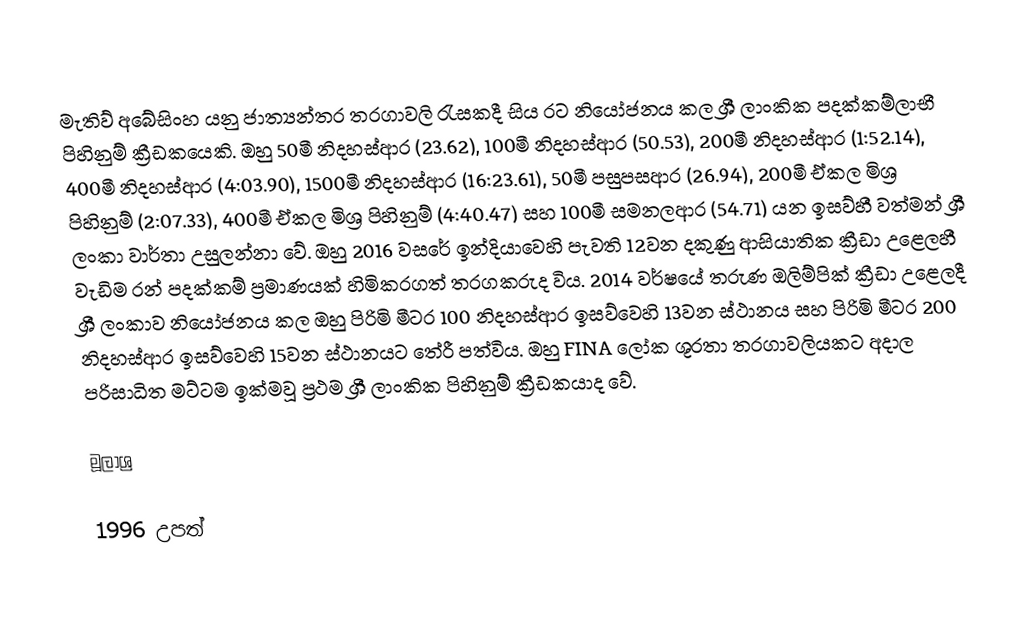
මැතිව් අබේසිංහ යනු ජාත්‍යන්තර තරගාවලි රැසකදී සිය රට නියෝජනය කල ශ්‍රී ලාංකික පදක්කම්ලාභී පිහිනුම් ක්‍රීඩකයෙකි. ඔහු 50මී නිදහස්ආර (23.62), 100මී නිදහස්ආර (50.53), 200මී නිදහස්ආර (1:52.14), 400මී නිදහස්ආර (4:03.90), 1500මී නිදහස්ආර (16:23.61), 50මී පසුපසආර (26.94), 200මී ඒකල මිශ්‍ර පිහිනුම් (2:07.33), 400මී ඒකල මිශ්‍ර පිහිනුම් (4:40.47) සහ 100මී සමනලආර (54.71) යන ඉසව්හී වත්මන් ශ්‍රී ලංකා වාර්තා උසුලන්නා වේ. ඔහු 2016 වසරේ ඉන්දියාවෙහි පැවති 12වන දකුණු ආසියාතික ක්‍රීඩා උළෙලහී වැඩිම රන් පදක්කම් ප්‍රමාණයක් හිමිකරගත් තරගකරුද විය. 2014 වර්ෂයේ තරුණ ඔලිම්පික් ක්‍රීඩා උළෙලදී ශ්‍රී ලංකාව නියෝජනය කල ඔහු පිරිමි මීටර 100 නිදහස්ආර ඉසව්වෙහි 13වන ස්ථානය සහ පිරිමි මීටර 200 නිදහස්ආර ඉසව්වෙහි 15වන ස්ථානයට තේරී පත්විය. ඔහු FINA ලෝක ශූරතා තරගාවලියකට අදාල පරිසාධිත මට්ටම ඉක්මවූ ප්‍රථම ශ්‍රී ලාංකික පිහිනුම් ක්‍රීඩකයාද වේ.

මූලාශ්‍ර

1996 උපත්